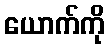
ယောက်ကို